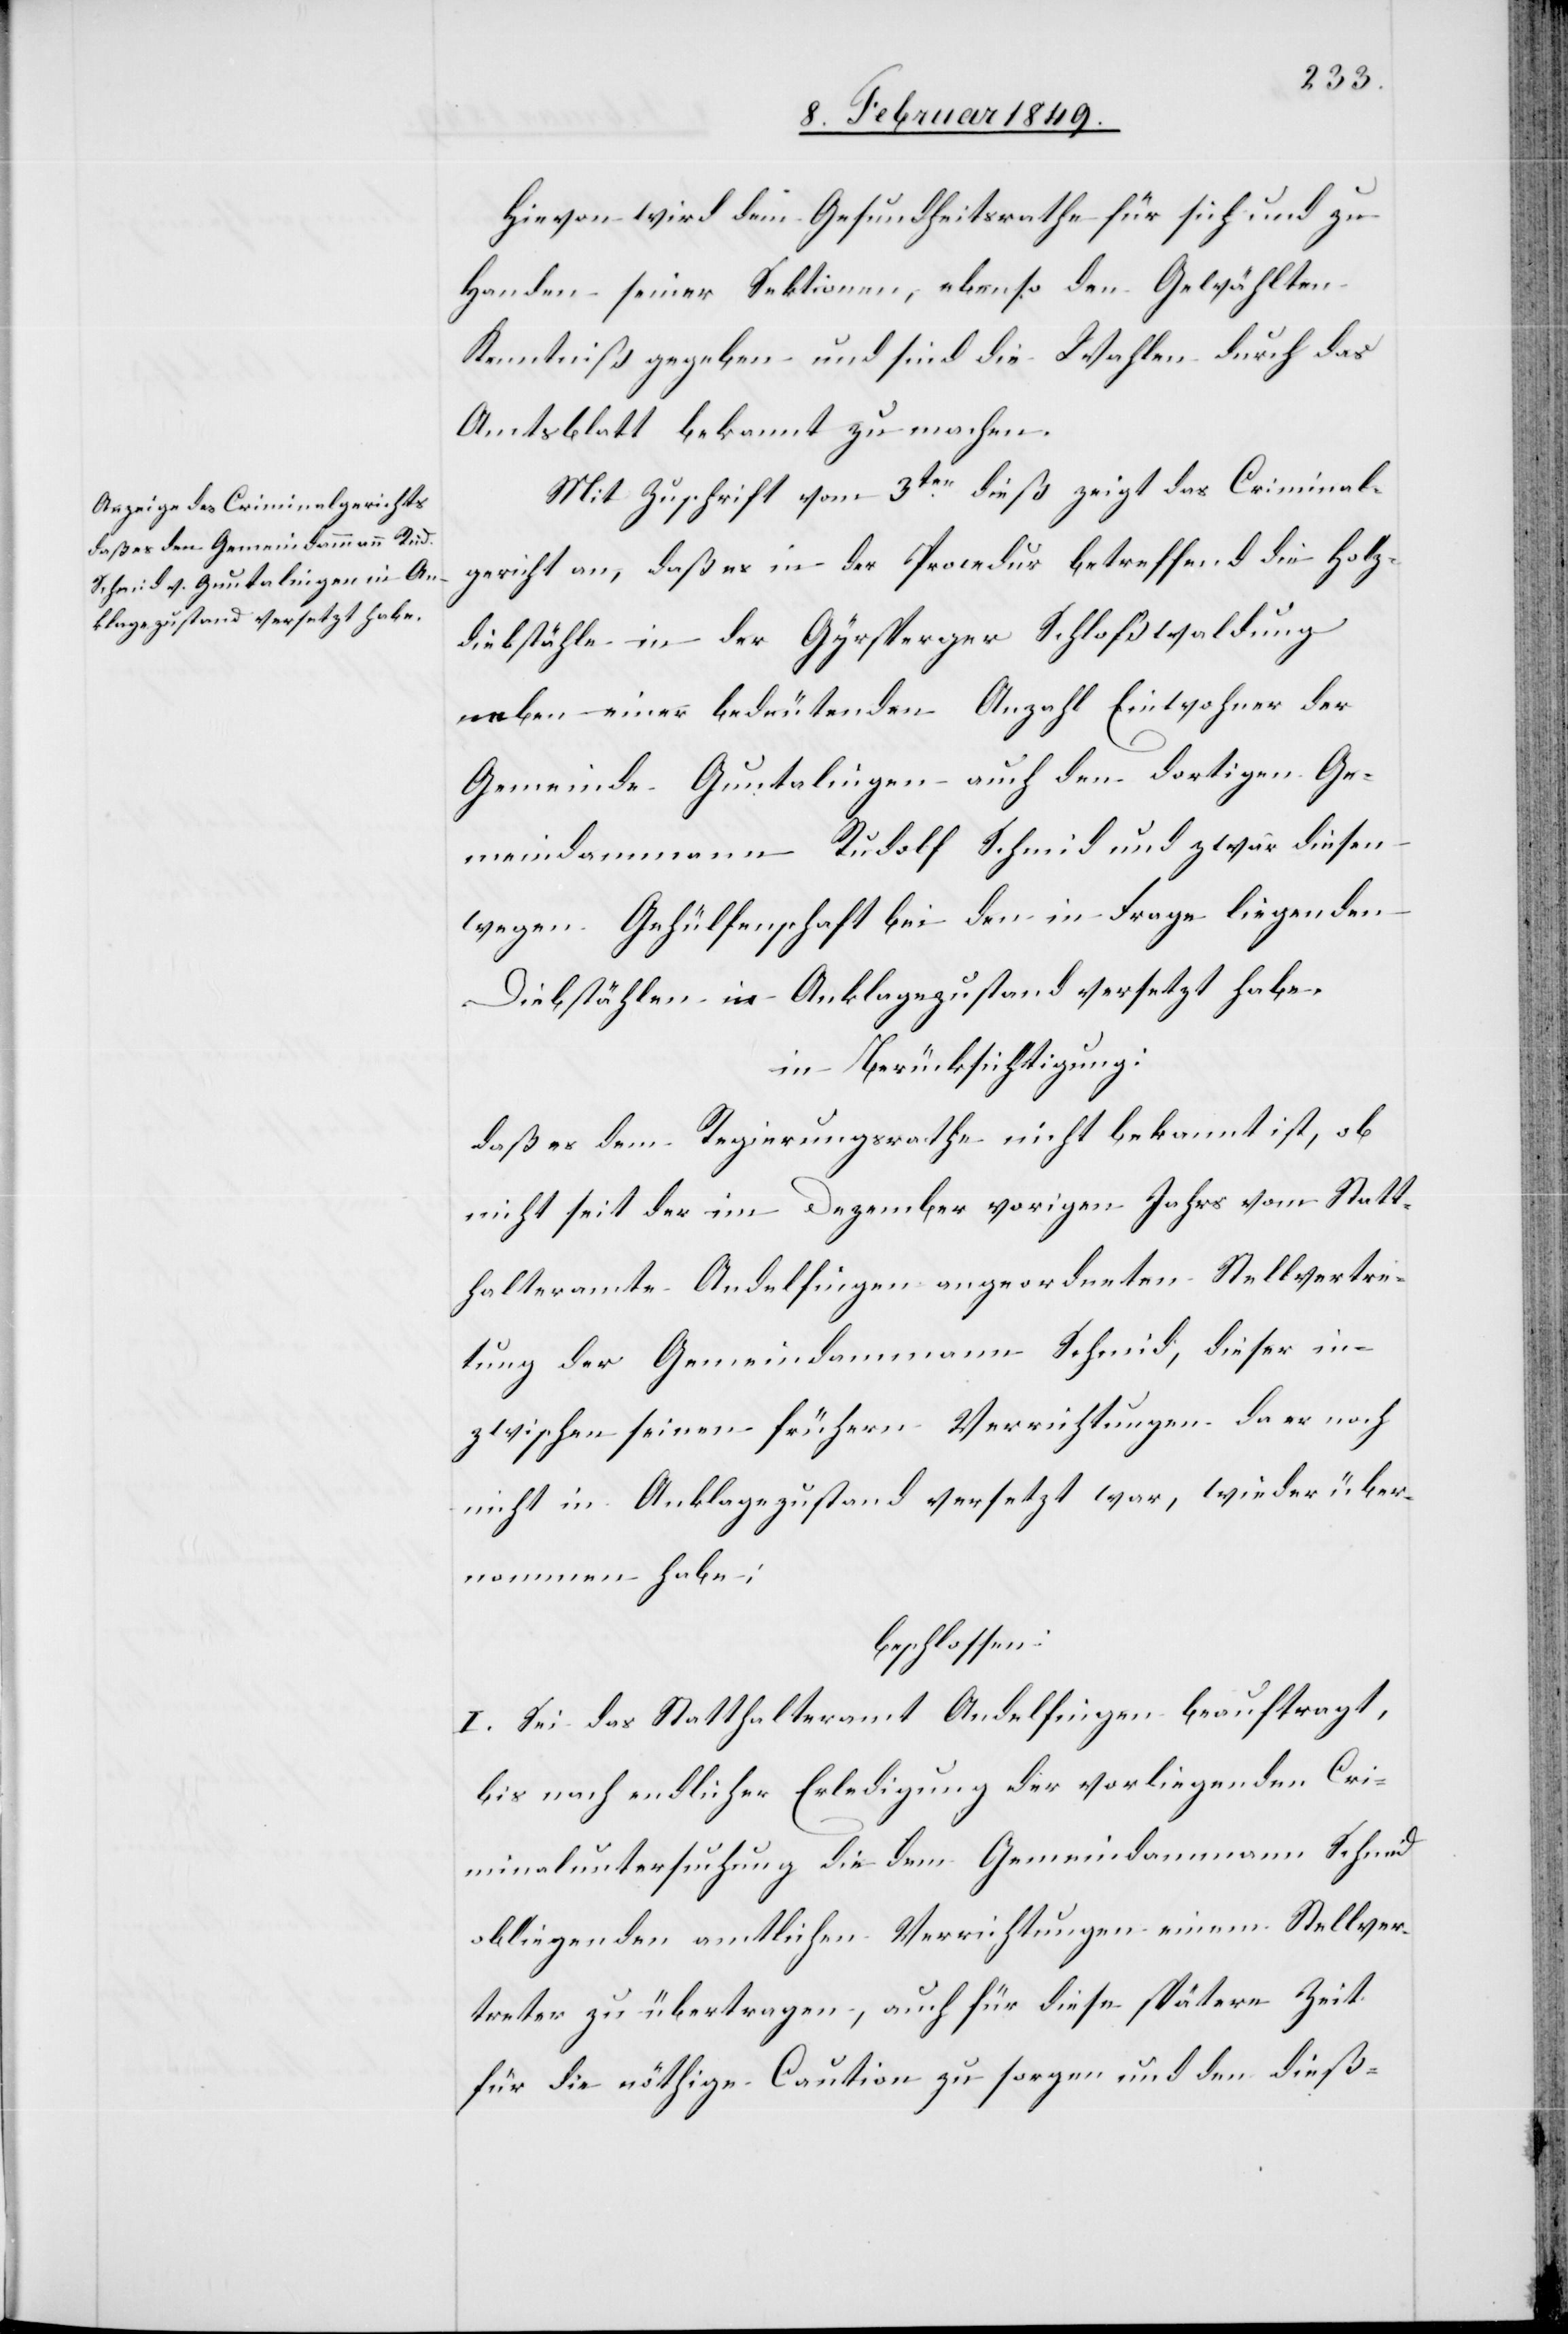
Hievon wird dem Gesundheitsrathe für sich und zu
Handen seiner Sektionen, ebenso den Gewählten
Kenntniß gegeben und sind die Wahlen durch das
Amtsblatt bekannt zu machen.
Mit Zuschrift vom 3ten. dieß zeigt das Criminal¬
gericht an, daß es in der Procedur betreffend die Holz¬
diebstähle in der Gyrsperger Schloßwaldung
neben einer bedeutenden Anzahl Einwohner der
Gemeinde Guntalingen auch den dortigen Ge¬
meindammann Rudolf Schmid und zwar diesen
wegen Gehülfenschaft bei den in Frage liegenden
Diebstählen in Anklagezustand versetzt habe.
in Berücksichtigung:
daß es dem Regierungsrathe nicht bekannt ist, ob
nicht seit der im Dezember vorigen Jahrs vom Statt¬
halteramte Andelfingen angeordneten Stellvertre¬
tung der Gemeindammann Schmid, dieser in¬
zwischen seinen [sic!] frühern Verrichtungen da er noch
nicht in Anklagezustand versetzt war, wieder über¬
nommen habe;
beschlossen:
I. Sei das Statthalteramt Andelfingen beauftragt,
bis nach endlicher Erledigung der vorliegenden Cri¬
minaluntersuchung die dem Gemeindammann Schmid
obliegenden amtlichen Verrichtungen einem Stellver¬
treter zu übertragen, auch für diese spätere Zeit
für die nöthige Caution zu sorgen und den dieß-